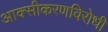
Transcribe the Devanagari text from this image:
आक्सीकरणविरोधी